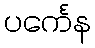
ပင်္ကေန